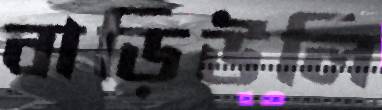
বাড়িউলি